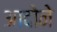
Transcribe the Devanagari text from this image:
आदोने